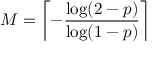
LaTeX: M = \left\lceil - { \frac { \log ( 2 - p ) } { \log ( 1 - p ) } } \right\rceil